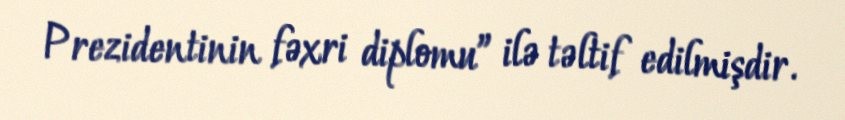
Prezidentinin fəxri diplomu” ilə təltif edilmişdir.